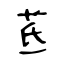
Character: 茋